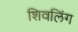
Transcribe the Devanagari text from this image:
शिवलिंंग